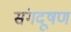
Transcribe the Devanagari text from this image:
संगदूषण